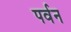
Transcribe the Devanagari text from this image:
पर्वन